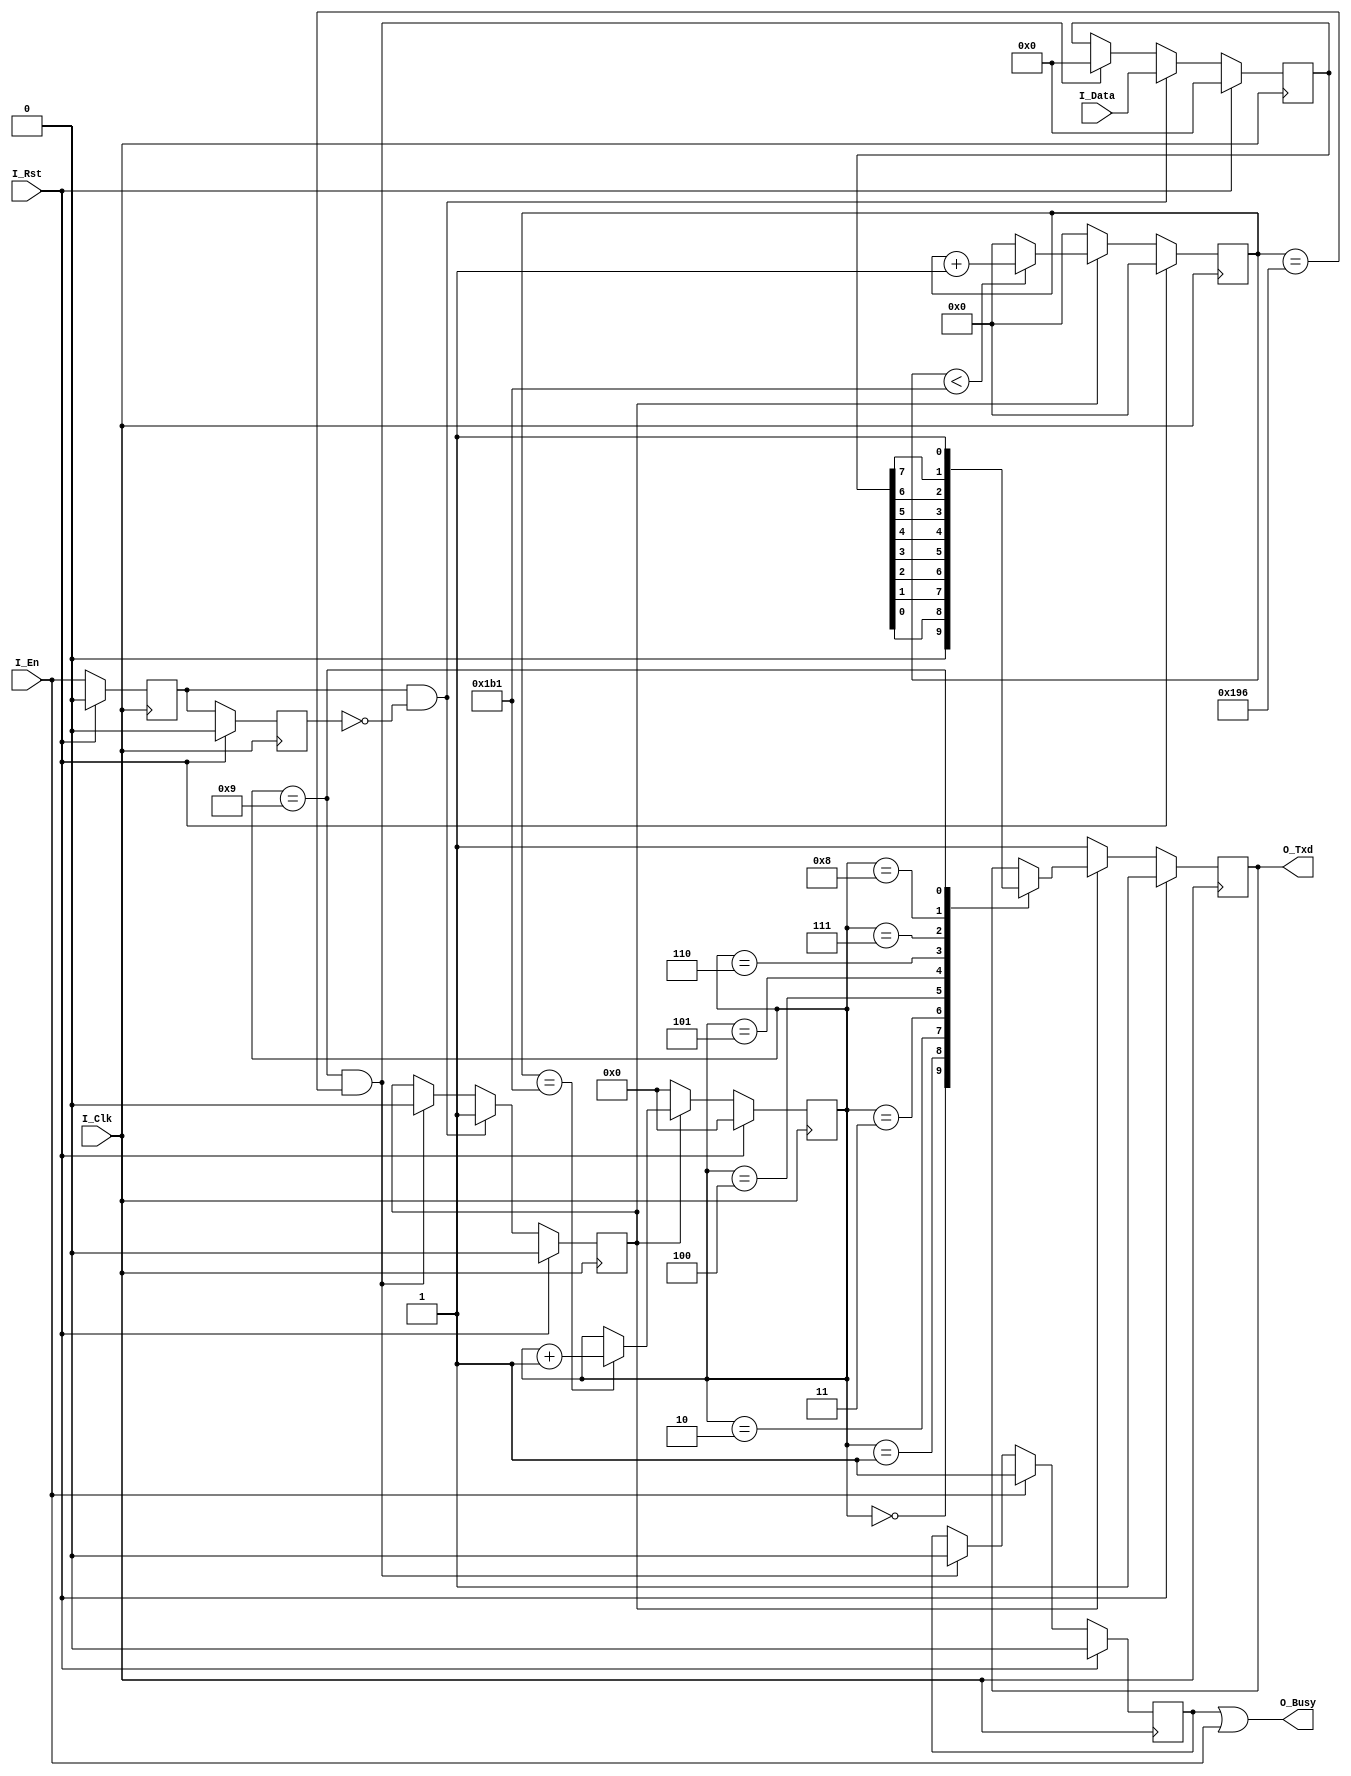
module RS232_Send #(
    parameter P_CLK_FREQ  = 5000_0000,    //Clk_Freq
    parameter P_RS232_BPS = 115200        //Bps
)(
    input       I_Clk   ,
    input       I_Rst   ,

    input       I_En    ,
    input [7:0] I_Data  ,
    output reg  O_Txd   ,
    output      O_Busy  
);

parameter P_BPS_Cnt = P_CLK_FREQ / P_RS232_BPS;
reg [15:0] R_Clk_Cnt = 16'd0;
reg [7:0] R_Data = 8'd0;
reg [3:0] R_Tx_Cnt = 4'd0;
reg R_En_D0 = 1'b0;
reg R_En_D1 = 1'b0;
reg R_Tx_Flag = 1'b0;
reg R_Busy = 1'b0;
//reg R_Busy_Flag = 1'b0;
wire W_En_Flag;
reg [3:0] R_Tx_Cnt_D0 = 4'd0;
reg [3:0] R_Tx_Cnt_D1 = 4'd0;

assign W_En_Flag = (R_En_D0 & ~R_En_D1);
assign O_Busy = (R_Busy | I_En);

always @(posedge I_Clk) begin
    if(I_Rst) begin
        R_En_D0 <= 1'b0;
        R_En_D1 <= 1'b0;
    end
    else begin
        R_En_D0 <= I_En;
        R_En_D1 <= R_En_D0;
    end
end

always @(posedge I_Clk) begin
    if(I_Rst) 
        R_Busy <= 1'b0;
    else if(I_En) 
        R_Busy <= 1'b1;
    else if((R_Tx_Cnt == 4'd9 && (R_Clk_Cnt == P_BPS_Cnt * 15/ 16))) 
        R_Busy <= 1'b0;
    else
        R_Busy <= R_Busy;
end

always @(posedge I_Clk) begin
    if(I_Rst) begin
        R_Tx_Flag <= 1'b0;
        R_Data <= 8'd0;
    end
    else if(W_En_Flag) begin
        R_Tx_Flag <= 1'b1;
        R_Data <= I_Data;
    end
    else if((R_Tx_Cnt == 4'd9 && (R_Clk_Cnt == P_BPS_Cnt * 15/ 16))) begin
        R_Tx_Flag <= 1'b0;
        R_Data <= 8'd0;
    end
    else begin
        R_Tx_Flag <= R_Tx_Flag;
        R_Data <= R_Data;
    end
end

always @(posedge I_Clk) begin
    if(I_Rst)
        R_Clk_Cnt <= 16'd0;
    else if(R_Tx_Flag) begin
        if(R_Clk_Cnt < P_BPS_Cnt - 1) 
            R_Clk_Cnt <= R_Clk_Cnt + 1'b1;
        else
            R_Clk_Cnt <= 16'd0;
    end
    else 
        R_Clk_Cnt <= 16'd0;
end

always @(posedge I_Clk) begin
    if(I_Rst)
        R_Tx_Cnt <= 4'd0;
    else if(R_Tx_Flag) begin
        if(R_Clk_Cnt == P_BPS_Cnt - 1)
            R_Tx_Cnt <= R_Tx_Cnt + 1'b1;
        else
            R_Tx_Cnt <= R_Tx_Cnt;
    end
    else
        R_Tx_Cnt <= 4'd0;
end

always @(posedge I_Clk) begin
    if(I_Rst)
        O_Txd <= 1'b1;
    else if(R_Tx_Flag)begin
        case(R_Tx_Cnt)
        4'd0 : O_Txd <= 1'b0;
        4'd1 : O_Txd <= R_Data[0];
        4'd2 : O_Txd <= R_Data[1];
        4'd3 : O_Txd <= R_Data[2];
        4'd4 : O_Txd <= R_Data[3];
        4'd5 : O_Txd <= R_Data[4];
        4'd6 : O_Txd <= R_Data[5];
        4'd7 : O_Txd <= R_Data[6];
        4'd8 : O_Txd <= R_Data[7];
        4'd9 : O_Txd <= 1'b1;
        default:;
        endcase
    end
    else 
        O_Txd <= 1'b1;
end


endmodule